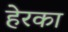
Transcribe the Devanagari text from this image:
हेरका